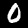
Label: 0